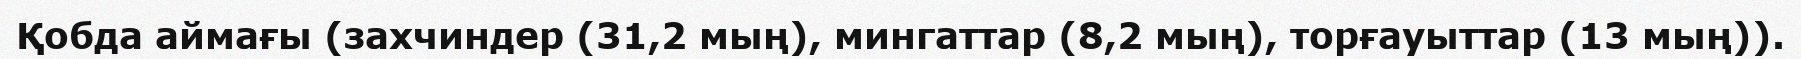
Қобда аймағы (захчиндер (31,2 мың), мингаттар (8,2 мың), торғауыттар (13 мың)).